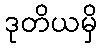
ဒုတိယမှိ